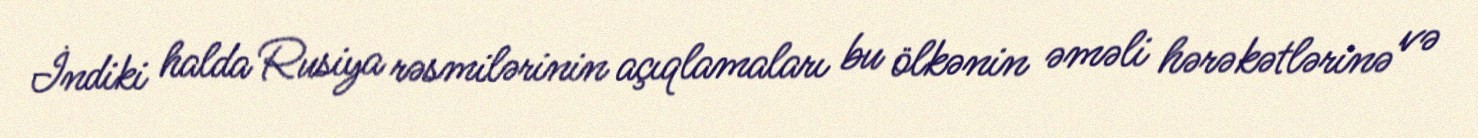
İndiki halda Rusiya rəsmilərinin açıqlamaları bu ölkənin əməli hərəkətlərinə və